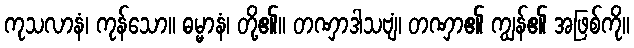
ကုသလာနံ၊ ကုန်သော။ ဓမ္မာနံ၊ တို့၏။ တဏှာဒါသဗျံ၊ တဏှာ၏ ကျွန်၏ အဖြစ်ကို။